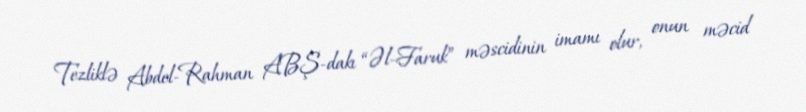
Tezliklə Abdel-Rahman ABŞ-dakı “Əl-Faruk” məscidinin imamı olur, onun məcid